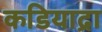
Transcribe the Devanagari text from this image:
कडियाद्रा